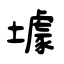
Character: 壉